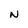
Character: N